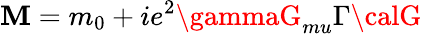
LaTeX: \mathbf{M}=m_{0}+ie^{2}\gammaG_{mu}\Gamma\calG